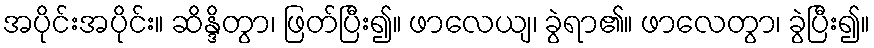
အပိုင်းအပိုင်း။ ဆိန္ဒိတွာ၊ ဖြတ်ပြီး၍။ ဖာလေယျ၊ ခွဲရာ၏။ ဖာလေတွာ၊ ခွဲပြီး၍။